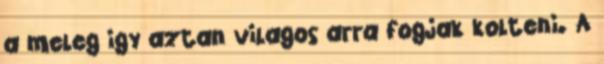
a meleg igy aztan vilagos arra fogjak kolteni. A